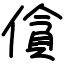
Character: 僋